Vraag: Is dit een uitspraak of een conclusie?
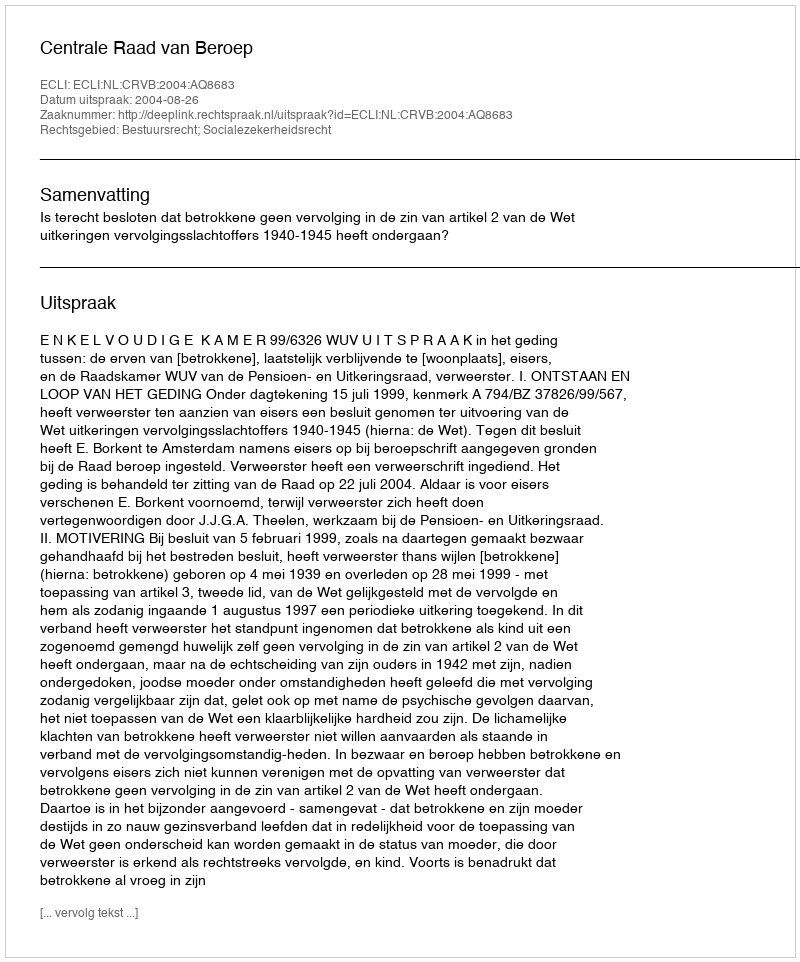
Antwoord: Uitspraak